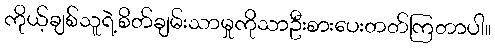
ကိုယ့်ချစ်သူရဲ့စိတ်ချမ်းသာမှုကိုသာဦးစားပေးတတ်ကြတာပါ။